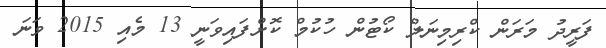
ފަރީދު މަރަން ކްރިމިނަލް ކޯޓުން ހުކުމް ކޮށްފައިވަނީ 13 މެއި 2015 ވަނަ